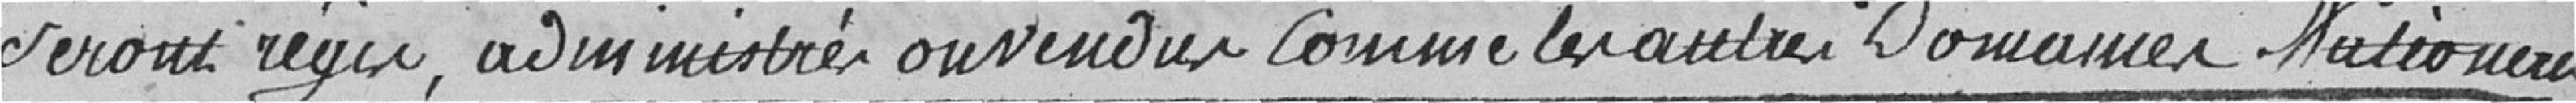
seront régis, administrés ou vendus comme les autres Domaines Nationaux